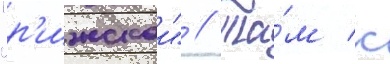
"р'ижскои" // Та́м к